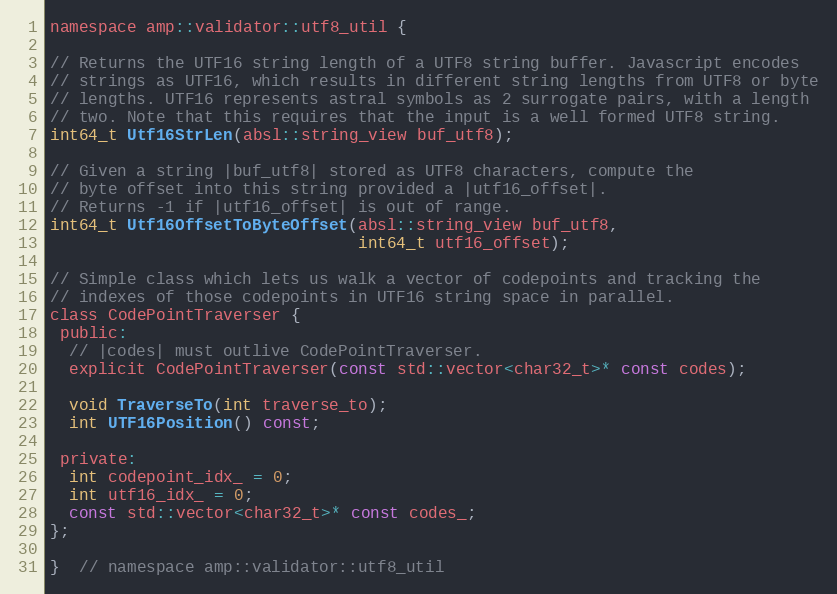
Language: C
namespace amp::validator::utf8_util {

// Returns the UTF16 string length of a UTF8 string buffer. Javascript encodes
// strings as UTF16, which results in different string lengths from UTF8 or byte
// lengths. UTF16 represents astral symbols as 2 surrogate pairs, with a length
// two. Note that this requires that the input is a well formed UTF8 string.
int64_t Utf16StrLen(absl::string_view buf_utf8);

// Given a string |buf_utf8| stored as UTF8 characters, compute the
// byte offset into this string provided a |utf16_offset|.
// Returns -1 if |utf16_offset| is out of range.
int64_t Utf16OffsetToByteOffset(absl::string_view buf_utf8,
                                int64_t utf16_offset);

// Simple class which lets us walk a vector of codepoints and tracking the
// indexes of those codepoints in UTF16 string space in parallel.
class CodePointTraverser {
 public:
  // |codes| must outlive CodePointTraverser.
  explicit CodePointTraverser(const std::vector<char32_t>* const codes);

  void TraverseTo(int traverse_to);
  int UTF16Position() const;

 private:
  int codepoint_idx_ = 0;
  int utf16_idx_ = 0;
  const std::vector<char32_t>* const codes_;
};

}  // namespace amp::validator::utf8_util